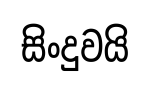
සිංදුවයි